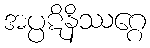
အပ္ပဋိနိဿဂ္ဂေ